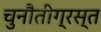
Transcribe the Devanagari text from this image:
चुनौतीग्रस्त